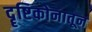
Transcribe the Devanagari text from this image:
दॄष्टिकोनातून